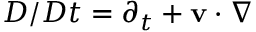
D / D t = \partial _ { t } + { \bf v } \cdot \nabla